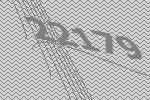
22179